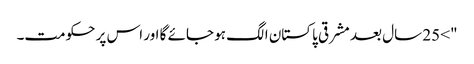
"> 25 سال بعد مشرقی پاکستان الگ ہو جائے گا اور اس پر حکومت۔